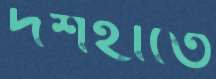
দশহাতে